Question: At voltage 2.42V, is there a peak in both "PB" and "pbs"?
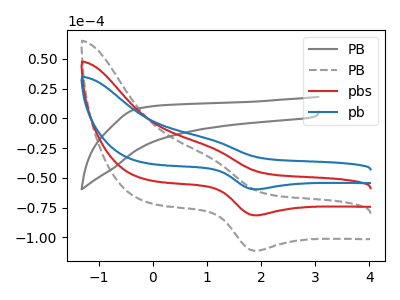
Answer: <think>The gray curve "PB" has no peaks. The gray dashed curve "PB" has an anodic peak at (1.05V, -48.25uA) and a cathodic peak at (1.90V, -163.05uA). The red curve "pbs" has an anodic peak at (1.05V, -24.10uA) and a cathodic peak at (1.90V, -81.50uA). The blue curve "pb" has an anodic peak at (1.05V, -17.65uA) and a cathodic peak at (1.90V, -59.70uA).</think>
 <answer>No, "PB" and "pbs" dont share a peak at 2.42V.</answer>
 <eval>mismatch</eval>